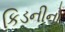
કિડનીનો